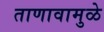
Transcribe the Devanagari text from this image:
ताणावामुळे